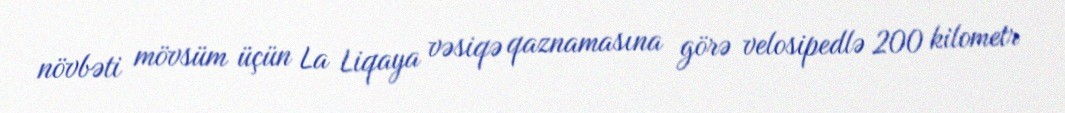
növbəti mövsüm üçün La Liqaya vəsiqə qaznamasına görə velosipedlə 200 kilometr